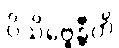
ဝိသိဗ္ဗေန္တီတိ